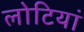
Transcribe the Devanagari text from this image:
लोटियां